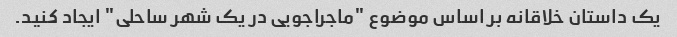
یک داستان خلاقانه بر اساس موضوع "ماجراجویی در یک شهر ساحلی" ایجاد کنید.